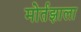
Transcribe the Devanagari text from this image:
मोर्तझाला